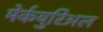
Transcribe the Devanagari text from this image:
मेर्कयुरिअल